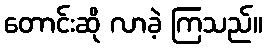
တောင်းဆို လာခဲ့ ကြသည်။